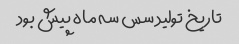
تاریخ تولید سس سه ماه پیش بود